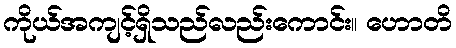
ကိုယ်အကျင့်ရှိသည်လည်းကောင်း။ ဟောတိ